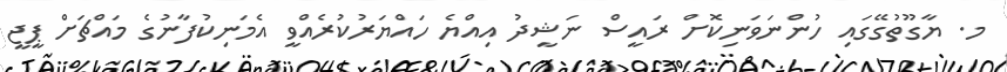
މ. ޔާގޫތުގޭގައި ހުންނަވަނިކޮށް ރައީސް ނަޝީދު އިއްޔެ ހައްޔަރުކުރެއްވީ އެމަނިކުފާނުގެ މައްޗަށް ޕީޖީ